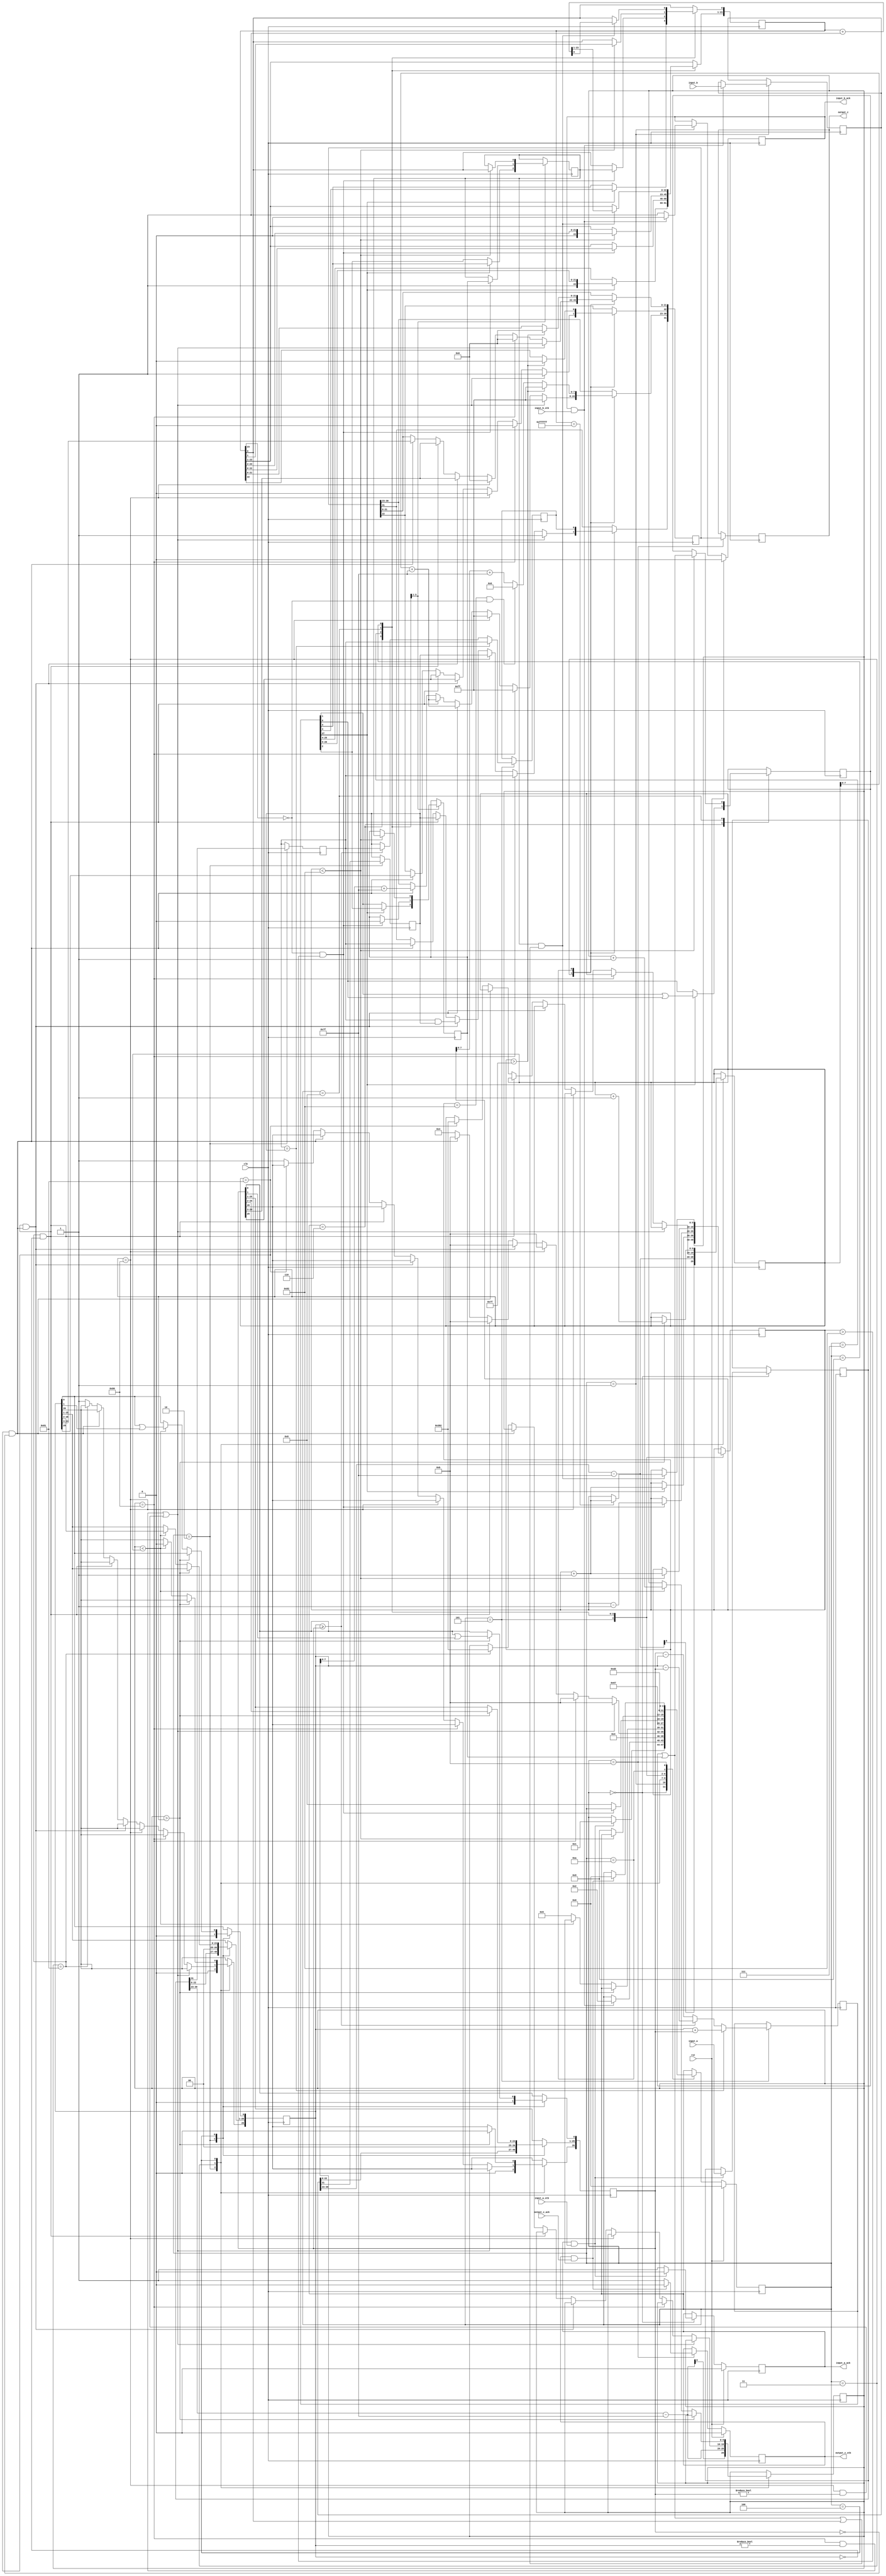
//IEEE Floating Point Adder (Single Precision)
	
module adder(
        input_a,         //Input operand 1
        input_b,  		//Input operand 2
        input_a_stb,			
        input_b_stb,
        output_z_ack,
        clk,    //clock
        rst,    //reset
        output_z,  //final output
        output_z_stb,
        input_a_ack,
        input_b_ack);

  input     clk;  
  input     rst;

  input     [31:0] input_a;										//32 IEEE Single Precision Floating point number
  input     input_a_stb;										// stabilize condition for operand a
  output    input_a_ack;										

  input     [31:0] input_b; 									//32 IEEE Single Precision Floating point number
  input     input_b_stb;										// stabilize condition for operand b
  output    input_b_ack;

  output    [31:0] output_z;									//32 IEEE Single Precision Floating point number
  output    output_z_stb;										// stabilize condition for operand z
  input     output_z_ack;

  reg       s_output_z_stb;
  reg       [31:0] s_output_z;									// temporary variable used to assign a port to output z
  reg       s_input_a_ack;
  reg       s_input_b_ack;

  reg       [3:0] state;
  parameter get_a         = 4'd0,
            get_b         = 4'd1,
            unpack        = 4'd2,
            special_cases = 4'd3,
            align         = 4'd4,
            add_0         = 4'd5,
            add_1         = 4'd6,
            normalise_1   = 4'd7,
            normalise_2   = 4'd8,
            round         = 4'd9,
            pack          = 4'd10,
            put_z         = 4'd11;

  reg       [31:0] a, b, z;									// temporary variables for the operands and the output
  reg       [26:0] a_m, b_m;
  reg       [23:0] z_m;
  reg       [9:0] a_e, b_e, z_e;
  reg       a_s, b_s, z_s;
  reg       guard, round_bit, sticky;
  reg       [27:0] sum;										// significant part of the sumation

  always @(posedge clk)
  begin

    case(state)

      get_a:
      begin
        s_input_a_ack <= 1;											// inputing a bit by bit
        if (s_input_a_ack && input_a_stb) begin
          a <= input_a;
          s_input_a_ack <= 0;
          state <= get_b;
        end
      end

      get_b:
      begin
        s_input_b_ack <= 1;											// inputing b bit by bit
		if (s_input_b_ack && input_b_stb) begin
          b <= input_b;
          s_input_b_ack <= 0;
          state <= unpack;
        end
      end

      unpack:
      begin
        a_m <= {a[22 : 0], 3'd0};                                 
        b_m <= {b[22 : 0], 3'd0};
        a_e <= a[30 : 23] - 127;
        b_e <= b[30 : 23] - 127;
        a_s <= a[31];
        b_s <= b[31];
        state <= special_cases;
      end
// special case
      special_cases:
      begin
        //if a is NaN or b is NaN return NaN 
        if ((a_e == 128 && a_m != 0) || (b_e == 128 && b_m != 0)) begin
          z[31] <= 1;
          z[30:23] <= 255;
          z[22] <= 1;
          z[21:0] <= 0;
          state <= put_z;
        //if a is inf return inf
        end else if (a_e == 128) begin
          z[31] <= a_s;
          z[30:23] <= 255;
          z[22:0] <= 0;
          state <= put_z;
        //if b is inf return inf
        end else if (b_e == 128) begin
          z[31] <= b_s;
          z[30:23] <= 255;
          z[22:0] <= 0;
          state <= put_z;
        //if a is zero return b
        end else if ((($signed(a_e) == -127) && (a_m == 0)) && (($signed(b_e) == -127) && (b_m == 0))) begin
          z[31] <= a_s & b_s;
          z[30:23] <= b_e[7:0] + 127;
          z[22:0] <= b_m[26:3];
          state <= put_z;
        //if a is zero return b
        end else if (($signed(a_e) == -127) && (a_m == 0)) begin
          z[31] <= b_s;
          z[30:23] <= b_e[7:0] + 127;
          z[22:0] <= b_m[26:3];
          state <= put_z;
        //if b is zero return a
        end else if (($signed(b_e) == -127) && (b_m == 0)) begin
          z[31] <= a_s;
          z[30:23] <= a_e[7:0] + 127;
          z[22:0] <= a_m[26:3];
          state <= put_z;
        end else begin
          //Denormalised Number
          if ($signed(a_e) == -127) begin
            a_e <= -126;
          end else begin
            a_m[26] <= 1;
          end
          //Denormalised Number
          if ($signed(b_e) == -127) begin
            b_e <= -126;
          end else begin
            b_m[26] <= 1;
          end
          state <= align;
        end
      end
// making the exponents and the significant corresponding to the operands
      align:
      begin
        if ($signed(a_e) > $signed(b_e)) begin
          b_e <= b_e + 1;
          b_m <= b_m >> 1;
          b_m[0] <= b_m[0] | b_m[1];
        end else if ($signed(a_e) < $signed(b_e)) begin
          a_e <= a_e + 1;
          a_m <= a_m >> 1;
          a_m[0] <= a_m[0] | a_m[1];
        end else begin
          state <= add_0;
        end
      end

      add_0:
      begin
        z_e <= a_e;
        if (a_s == b_s) begin
          sum <= a_m + b_m;
          z_s <= a_s;
        end else begin
          if (a_m >= b_m) begin
            sum <= a_m - b_m;
            z_s <= a_s;
          end else begin
            sum <= b_m - a_m;
            z_s <= b_s;
          end
        end
        state <= add_1;
      end

      add_1:
      begin
        if (sum[27]) begin
          z_m <= sum[27:4];
          guard <= sum[3];
          round_bit <= sum[2];
          sticky <= sum[1] | sum[0];
          z_e <= z_e + 1;
        end else begin
          z_m <= sum[26:3];
          guard <= sum[2];
          round_bit <= sum[1];
          sticky <= sum[0];
        end
        state <= normalise_1;
      end
// normalisation
      normalise_1:
      begin
        if (z_m[23] == 0 && $signed(z_e) > -126) begin
          z_e <= z_e - 1;
          z_m <= z_m << 1;
          z_m[0] <= guard;
          guard <= round_bit;
          round_bit <= 0;
        end else begin
          state <= normalise_2;
        end
      end
// normalisation
      normalise_2:
      begin
        if ($signed(z_e) < -126) begin
          z_e <= z_e + 1;
          z_m <= z_m >> 1;
          guard <= z_m[0];
          round_bit <= guard;
          sticky <= sticky | round_bit;
        end else begin
          state <= round;
        end
      end
// rounding
      round:
      begin
        if (guard && (round_bit | sticky | z_m[0])) begin
          z_m <= z_m + 1;
          if (z_m == 24'hffffff) begin
            z_e <=z_e + 1;
          end
        end
        state <= pack;
      end

      pack:
      begin
        z[22 : 0] <= z_m[22:0];
        z[30 : 23] <= z_e[7:0] + 127;
        z[31] <= z_s;
        if ($signed(z_e) == -126 && z_m[23] == 0) begin
          z[30 : 23] <= 0;
        end
        //if overflow occurs, return inf
        if ($signed(z_e) > 127) begin
          z[22 : 0] <= 0;
          z[30 : 23] <= 255;
          z[31] <= z_s;
        end
        state <= put_z;
      end
// final output z
      put_z:
      begin
        s_output_z_stb <= 1;
        s_output_z <= z;
        if (s_output_z_stb && output_z_ack) begin
          s_output_z_stb <= 0;
          state <= get_a;
        end
      end

    endcase

    if (rst == 1) begin
      state <= get_a;
      s_input_a_ack <= 0;
      s_input_b_ack <= 0;
      s_output_z_stb <= 0;
    end

  end
  assign input_a_ack = s_input_a_ack;
  assign input_b_ack = s_input_b_ack;
  assign output_z_stb = s_output_z_stb;
  assign output_z = s_output_z;

endmodule
//IEEE Floating Point Divider (Single Precision)

module divider(
        input_a,
        input_b,
        input_a_stb,
        input_b_stb,
        output_z_ack,
        clk,
        rst,
        output_z,
        output_z_stb,
        input_a_ack,
        input_b_ack);

  input     clk;
  input     rst;

  input     [31:0] input_a;
  input     input_a_stb;
  output    input_a_ack;

  input     [31:0] input_b;
  input     input_b_stb;
  output    input_b_ack;

  output    [31:0] output_z;
  output    output_z_stb;
  input     output_z_ack;

  reg       s_output_z_stb;
  reg       [31:0] s_output_z;
  reg       s_input_a_ack;
  reg       s_input_b_ack;

  reg       [3:0] state;
  parameter get_a         = 4'd0,
            get_b         = 4'd1,
            unpack        = 4'd2,
            special_cases = 4'd3,
            normalise_a   = 4'd4,
            normalise_b   = 4'd5,
            divide_0      = 4'd6,
            divide_1      = 4'd7,
            divide_2      = 4'd8,
            divide_3      = 4'd9,
            normalise_1   = 4'd10,
            normalise_2   = 4'd11,
            round         = 4'd12,
            pack          = 4'd13,
            put_z         = 4'd14;

  reg       [31:0] a, b, z;
  reg       [23:0] a_m, b_m, z_m;
  reg       [9:0] a_e, b_e, z_e;
  reg       a_s, b_s, z_s;
  reg       guard, round_bit, sticky;
  reg       [50:0] quotient, divisor, dividend, remainder;
  reg       [5:0] count;

  always @(posedge clk)
  begin

    case(state)

      get_a:
      begin
        s_input_a_ack <= 1;
        if (s_input_a_ack && input_a_stb) begin
          a <= input_a;
          s_input_a_ack <= 0;
          state <= get_b;
        end
      end

      get_b:
      begin
        s_input_b_ack <= 1;
        if (s_input_b_ack && input_b_stb) begin
          b <= input_b;
          s_input_b_ack <= 0;
          state <= unpack;
        end
      end

      unpack:
      begin
        a_m <= a[22 : 0];
        b_m <= b[22 : 0];
        a_e <= a[30 : 23] - 127;
        b_e <= b[30 : 23] - 127;
        a_s <= a[31];
        b_s <= b[31];
        state <= special_cases;
      end

      special_cases:
      begin
        //if a is NaN or b is NaN return NaN 
        if ((a_e == 128 && a_m != 0) || (b_e == 128 && b_m != 0)) begin
          z[31] <= 1;
          z[30:23] <= 255;
          z[22] <= 1;
          z[21:0] <= 0;
          state <= put_z;
          //if a is inf and b is inf return NaN 
        end else if ((a_e == 128) && (b_e == 128)) begin
          z[31] <= 1;
          z[30:23] <= 255;
          z[22] <= 1;
          z[21:0] <= 0;
          state <= put_z;
        //if a is inf return inf
        end else if (a_e == 128) begin
          z[31] <= a_s ^ b_s;
          z[30:23] <= 255;
          z[22:0] <= 0;
          state <= put_z;
           //if b is zero return NaN
          if ($signed(b_e == -127) && (b_m == 0)) begin
            z[31] <= 1;
            z[30:23] <= 255;
            z[22] <= 1;
            z[21:0] <= 0;
            state <= put_z;
          end
        //if b is inf return zero
        end else if (b_e == 128) begin
          z[31] <= a_s ^ b_s;
          z[30:23] <= 0;
          z[22:0] <= 0;
          state <= put_z;
        //if a is zero return zero
        end else if (($signed(a_e) == -127) && (a_m == 0)) begin
          z[31] <= a_s ^ b_s;
          z[30:23] <= 0;
          z[22:0] <= 0;
          state <= put_z;
           //if b is zero return NaN
          if (($signed(b_e) == -127) && (b_m == 0)) begin
            z[31] <= 1;
            z[30:23] <= 255;
            z[22] <= 1;
            z[21:0] <= 0;
            state <= put_z;
          end
        //if b is zero return inf
        end else if (($signed(b_e) == -127) && (b_m == 0)) begin
          z[31] <= a_s ^ b_s;
          z[30:23] <= 255;
          z[22:0] <= 0;
          state <= put_z;
        end else begin
          //Denormalised Number
          if ($signed(a_e) == -127) begin
            a_e <= -126;
          end else begin
            a_m[23] <= 1;
          end
          //Denormalised Number
          if ($signed(b_e) == -127) begin
            b_e <= -126;
          end else begin
            b_m[23] <= 1;
          end
          state <= normalise_a;
        end
      end

      normalise_a:
      begin
        if (a_m[23]) begin
          state <= normalise_b;
        end else begin
          a_m <= a_m << 1;
          a_e <= a_e - 1;
        end
      end

      normalise_b:
      begin
        if (b_m[23]) begin
          state <= divide_0;
        end else begin
          b_m <= b_m << 1;
          b_e <= b_e - 1;
        end
      end

      divide_0:
      begin
        z_s <= a_s ^ b_s;
        z_e <= a_e - b_e;
        quotient <= 0;
        remainder <= 0;
        count <= 0;
        dividend <= a_m << 27;
        divisor <= b_m;
        state <= divide_1;
      end

      divide_1:
      begin
        quotient <= quotient << 1;
        remainder <= remainder << 1;
        remainder[0] <= dividend[50];
        dividend <= dividend << 1;
        state <= divide_2;
      end

      divide_2:
      begin
        if (remainder >= divisor) begin
          quotient[0] <= 1;
          remainder <= remainder - divisor;
        end
        if (count == 49) begin
          state <= divide_3;
        end else begin
          count <= count + 1;
          state <= divide_1;
        end
      end

      divide_3:
      begin
        z_m <= quotient[26:3];
        guard <= quotient[2];
        round_bit <= quotient[1];
        sticky <= quotient[0] | (remainder != 0);
        state <= normalise_1;
      end

      normalise_1:
      begin
        if (z_m[23] == 0 && $signed(z_e) > -126) begin
          z_e <= z_e - 1;
          z_m <= z_m << 1;
          z_m[0] <= guard;
          guard <= round_bit;
          round_bit <= 0;
        end else begin
          state <= normalise_2;
        end
      end

      normalise_2:
      begin
        if ($signed(z_e) < -126) begin
          z_e <= z_e + 1;
          z_m <= z_m >> 1;
          guard <= z_m[0];
          round_bit <= guard;
          sticky <= sticky | round_bit;
        end else begin
          state <= round;
        end
      end

      round:
      begin
        if (guard && (round_bit | sticky | z_m[0])) begin
          z_m <= z_m + 1;
          if (z_m == 24'hffffff) begin
            z_e <=z_e + 1;
          end
        end
        state <= pack;
      end

      pack:
      begin
        z[22 : 0] <= z_m[22:0];
        z[30 : 23] <= z_e[7:0] + 127;
        z[31] <= z_s;
        if ($signed(z_e) == -126 && z_m[23] == 0) begin
          z[30 : 23] <= 0;
        end
        //if overflow occurs, return inf
        if ($signed(z_e) > 127) begin
          z[22 : 0] <= 0;
          z[30 : 23] <= 255;
          z[31] <= z_s;
        end
        state <= put_z;
      end

      put_z:
      begin
        s_output_z_stb <= 1;
        s_output_z <= z;
        if (s_output_z_stb && output_z_ack) begin
          s_output_z_stb <= 0;
          state <= get_a;
        end
      end

    endcase

    if (rst == 1) begin
      state <= get_a;
      s_input_a_ack <= 0;
      s_input_b_ack <= 0;
      s_output_z_stb <= 0;
    end

  end
  assign input_a_ack = s_input_a_ack;
  assign input_b_ack = s_input_b_ack;
  assign output_z_stb = s_output_z_stb;
  assign output_z = s_output_z;

endmodule

//IEEE Floating Point Multiplier (Single Precision)
module multiplier(
        input_a,
        input_b,
        input_a_stb,
        input_b_stb,
        output_z_ack,
        clk,
        rst,
        output_z,
        output_z_stb,
        input_a_ack,
        input_b_ack);

  input     clk;
  input     rst;

  input     [31:0] input_a;
  input     input_a_stb;
  output    input_a_ack;

  input     [31:0] input_b;
  input     input_b_stb;
  output    input_b_ack;

  output    [31:0] output_z;
  output    output_z_stb;
  input     output_z_ack;

  reg       s_output_z_stb;
  reg       [31:0] s_output_z;
  reg       s_input_a_ack;
  reg       s_input_b_ack;

  reg       [3:0] state;
  parameter get_a         = 4'd0,
            get_b         = 4'd1,
            unpack        = 4'd2,
            special_cases = 4'd3,
            normalise_a   = 4'd4,
            normalise_b   = 4'd5,
            multiply_0    = 4'd6,
            multiply_1    = 4'd7,
            normalise_1   = 4'd8,
            normalise_2   = 4'd9,
            round         = 4'd10,
            pack          = 4'd11,
            put_z         = 4'd12;

  reg       [31:0] a, b, z;
  reg       [23:0] a_m, b_m, z_m;
  reg       [9:0] a_e, b_e, z_e;
  reg       a_s, b_s, z_s;
  reg       guard, round_bit, sticky;
  reg       [49:0] product;

  always @(posedge clk)
  begin

    case(state)

      get_a:
      begin
        s_input_a_ack <= 1;
        if (s_input_a_ack && input_a_stb) begin
          a <= input_a;
          s_input_a_ack <= 0;
          state <= get_b;
        end
      end

      get_b:
      begin
        s_input_b_ack <= 1;
        if (s_input_b_ack && input_b_stb) begin
          b <= input_b;
          s_input_b_ack <= 0;
          state <= unpack;
        end
      end

      unpack:
      begin
        a_m <= a[22 : 0];
        b_m <= b[22 : 0];
        a_e <= a[30 : 23] - 127;
        b_e <= b[30 : 23] - 127;
        a_s <= a[31];
        b_s <= b[31];
        state <= special_cases;
      end

      special_cases:
      begin
        //if a is NaN or b is NaN return NaN 
        if ((a_e == 128 && a_m != 0) || (b_e == 128 && b_m != 0)) begin
          z[31] <= 1;
          z[30:23] <= 255;
          z[22] <= 1;
          z[21:0] <= 0;
          state <= put_z;
        //if a is inf return inf
        end else if (a_e == 128) begin
          z[31] <= a_s ^ b_s;
          z[30:23] <= 255;
          z[22:0] <= 0;
          state <= put_z;
           //if b is zero return NaN
          if ($signed(b_e == -127) && (b_m == 0)) begin
            z[31] <= 1;
            z[30:23] <= 255;
            z[22] <= 1;
            z[21:0] <= 0;
            state <= put_z;
          end
        //if b is inf return inf
        end else if (b_e == 128) begin
          z[31] <= a_s ^ b_s;
          z[30:23] <= 255;
          z[22:0] <= 0;
          state <= put_z;
        //if a is zero return zero
        end else if (($signed(a_e) == -127) && (a_m == 0)) begin
          z[31] <= a_s ^ b_s;
          z[30:23] <= 0;
          z[22:0] <= 0;
          state <= put_z;
        //if b is zero return zero
        end else if (($signed(b_e) == -127) && (b_m == 0)) begin
          z[31] <= a_s ^ b_s;
          z[30:23] <= 0;
          z[22:0] <= 0;
          state <= put_z;
        end else begin
          //Denormalised Number
          if ($signed(a_e) == -127) begin
            a_e <= -126;
          end else begin
            a_m[23] <= 1;
          end
          //Denormalised Number
          if ($signed(b_e) == -127) begin
            b_e <= -126;
          end else begin
            b_m[23] <= 1;
          end
          state <= normalise_a;
        end
      end

      normalise_a:
      begin
        if (a_m[23]) begin
          state <= normalise_b;
        end else begin
          a_m <= a_m << 1;
          a_e <= a_e - 1;
        end
      end

      normalise_b:
      begin
        if (b_m[23]) begin
          state <= multiply_0;
        end else begin
          b_m <= b_m << 1;
          b_e <= b_e - 1;
        end
      end

      multiply_0:
      begin
        z_s <= a_s ^ b_s;
        z_e <= a_e + b_e + 1;
        product <= a_m * b_m * 4;
        state <= multiply_1;
      end

      multiply_1:
      begin
        z_m <= product[49:26];
        guard <= product[25];
        round_bit <= product[24];
        sticky <= (product[23:0] != 0);
        state <= normalise_1;
      end

      normalise_1:
      begin
        if (z_m[23] == 0) begin
          z_e <= z_e - 1;
          z_m <= z_m << 1;
          z_m[0] <= guard;
          guard <= round_bit;
          round_bit <= 0;
        end else begin
          state <= normalise_2;
        end
      end

      normalise_2:
      begin
        if ($signed(z_e) < -126) begin
          z_e <= z_e + 1;
          z_m <= z_m >> 1;
          guard <= z_m[0];
          round_bit <= guard;
          sticky <= sticky | round_bit;
        end else begin
          state <= round;
        end
      end

      round:
      begin
        if (guard && (round_bit | sticky | z_m[0])) begin
          z_m <= z_m + 1;
          if (z_m == 24'hffffff) begin
            z_e <=z_e + 1;
          end
        end
        state <= pack;
      end

      pack:
      begin
        z[22 : 0] <= z_m[22:0];
        z[30 : 23] <= z_e[7:0] + 127;
        z[31] <= z_s;
        if ($signed(z_e) == -126 && z_m[23] == 0) begin
          z[30 : 23] <= 0;
        end
        //if overflow occurs, return inf
        if ($signed(z_e) > 127) begin
          z[22 : 0] <= 0;
          z[30 : 23] <= 255;
          z[31] <= z_s;
        end
        state <= put_z;
      end

      put_z:
      begin
        s_output_z_stb <= 1;
        s_output_z <= z;
        if (s_output_z_stb && output_z_ack) begin
          s_output_z_stb <= 0;
          state <= get_a;
        end
      end

    endcase

    if (rst == 1) begin
      state <= get_a;
      s_input_a_ack <= 0;
      s_input_b_ack <= 0;
      s_output_z_stb <= 0;
    end

  end
  assign input_a_ack = s_input_a_ack;
  assign input_b_ack = s_input_b_ack;
  assign output_z_stb = s_output_z_stb;
  assign output_z = s_output_z;

endmodule